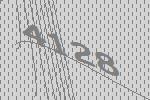
4128